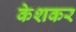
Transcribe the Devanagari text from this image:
केशकर